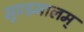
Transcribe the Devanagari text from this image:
मुण्डमालम्